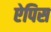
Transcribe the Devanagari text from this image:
ऐपिस